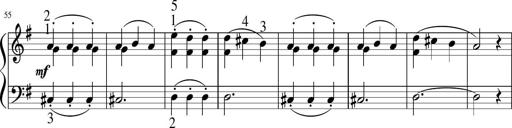
Title: 6 Instructive Sonatinas
Composer: Jacob Schmitt